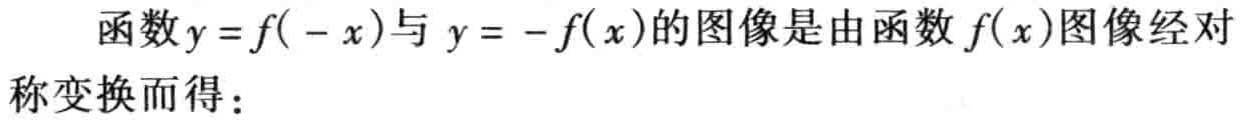
函数\(y = f( - x)\)与 \(y = - f(x)\)的图像是由函数\(f(x)\)图像经对称变换而得：